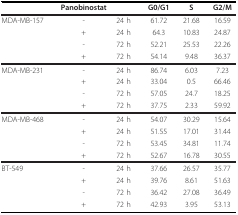
<table><thead><tr><td></td><td><b>Panobinostat</b></td><td></td><td><b>G0/G1</b></td><td><b>S</b></td><td><b>G2/M</b></td></tr></thead><tbody><tr><td>MDA-MB-157</td><td>-</td><td>24 h</td><td>61.72</td><td>21.68</td><td>16.59</td></tr><tr><td></td><td>+</td><td>24 h</td><td>64.3</td><td>10.83</td><td>24.87</td></tr><tr><td></td><td>-</td><td>72 h</td><td>52.21</td><td>25.53</td><td>22.26</td></tr><tr><td></td><td>+</td><td>72 h</td><td>54.14</td><td>9.48</td><td>36.37</td></tr><tr><td>MDA-MB-231</td><td>-</td><td>24 h</td><td>86.74</td><td>6.03</td><td>7.23</td></tr><tr><td></td><td>+</td><td>24 h</td><td>33.04</td><td>0.5</td><td>66.46</td></tr><tr><td></td><td>-</td><td>72 h</td><td>57.05</td><td>24.7</td><td>18.25</td></tr><tr><td></td><td>+</td><td>72 h</td><td>37.75</td><td>2.33</td><td>59.92</td></tr><tr><td>MDA-MB-468</td><td>-</td><td>24 h</td><td>54.07</td><td>30.29</td><td>15.64</td></tr><tr><td></td><td>+</td><td>24 h</td><td>51.55</td><td>17.01</td><td>31.44</td></tr><tr><td></td><td>-</td><td>72 h</td><td>53.45</td><td>34.81</td><td>11.74</td></tr><tr><td></td><td>+</td><td>72 h</td><td>52.67</td><td>16.78</td><td>30.55</td></tr><tr><td>BT-549</td><td>-</td><td>24 h</td><td>37.66</td><td>26.57</td><td>35.77</td></tr><tr><td></td><td>+</td><td>24 h</td><td>39.76</td><td>8.61</td><td>51.63</td></tr><tr><td></td><td>-</td><td>72 h</td><td>36.42</td><td>27.08</td><td>36.49</td></tr><tr><td></td><td>+</td><td>72 h</td><td>42.93</td><td>3.95</td><td>53.13</td></tr></tbody></table>